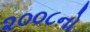
૨૦૦૮નો